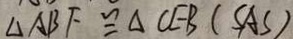
\Delta A B F \cong \Delta C E B ( S A S )